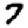
Digit: 7